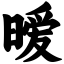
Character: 暧